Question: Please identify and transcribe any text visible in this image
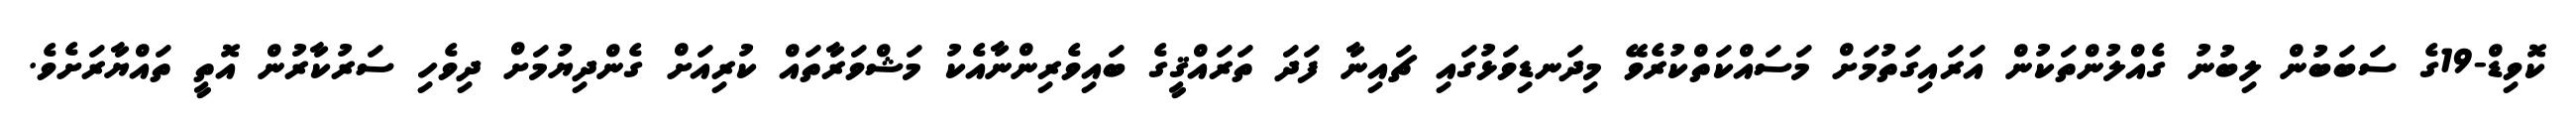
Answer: ކޮވިޑް-19ގެ ސަބަބުން ލިބުނު ގެއްލުންތަކުން އަރައިގަތުމަށް މަސައްކަތްކުރެވޭ މިދަނޑިވަޅުގައި ޗައިނާ ފަދަ ތަރައްޤީގެ ބައިވެރިންނާއެކު މަޝްވަރާތައް ކުރިއަށް ގެންދިޔުމަށް ދިވެހި ސަރުކާރުން އޮތީ ތައްޔާރަށެވެ.